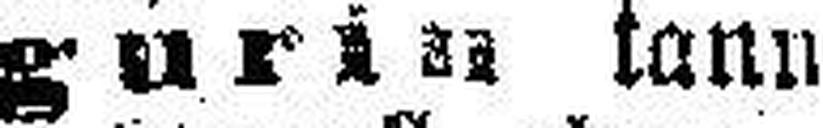
gurin tann